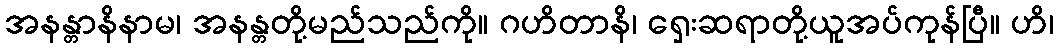
အနန္တာနိနာမ၊ အနန္တတို့မည်သည်ကို။ ဂဟိတာနိ၊ ရှေးဆရာတို့ယူအပ်ကုန်ပြီ။ ဟိ၊